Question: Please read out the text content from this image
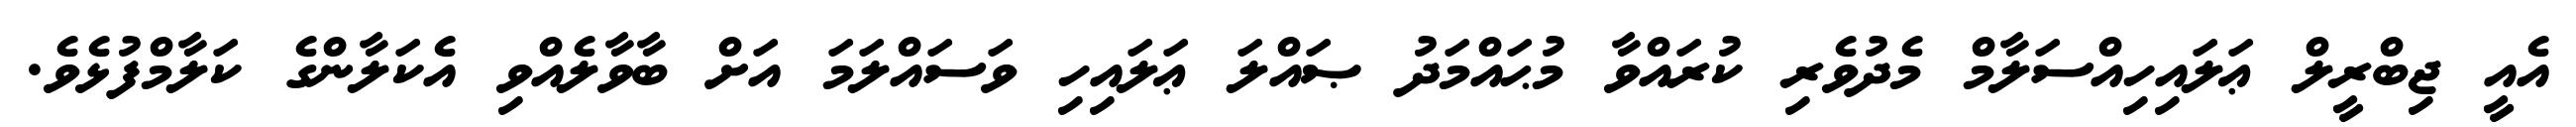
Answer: އެއީ ޖިބްރީލް ޢަލައިހިއްސަލާމް މެދުވެރި ކުރައްވާ މުޙައްމަދު ޞައްލަ ޢަލައިހި ވަސައްލަމަ އަށް ބާވާލެއްވި އެކަލާންގެ ކަލާމްފުޅެވެ.